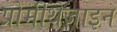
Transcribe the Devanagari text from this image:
प्रोमीथेजाइन